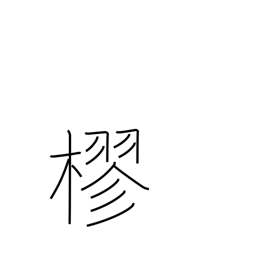
Meaning: to entwine